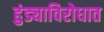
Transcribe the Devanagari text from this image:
हुंड्याविरोधात